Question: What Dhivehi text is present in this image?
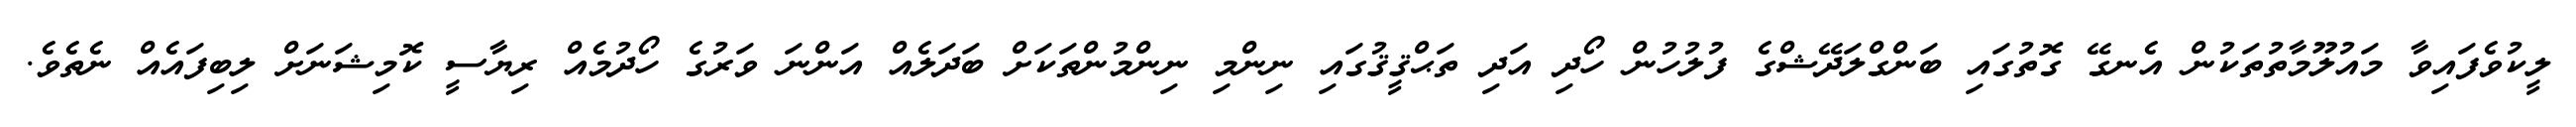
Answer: ލީކުވެފައިވާ މައުލޫމާތުތަކުން އެނގޭ ގޮތުގައި ބަންގްލަދޭޝްގެ ފުލުހުން ހޯދި އަދި ތަޙްޤީޤުގައި ނިންމި ނިންމުންތަކަށް ބަދަލެއް އަންނަ ވަރުގެ ހޯދުމެއް ރިޔާސީ ކޮމިޝަނަށް ލިބިފައެއް ނެތެވެ.